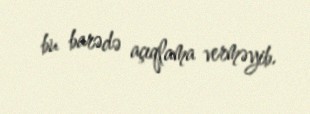
bu barədə açıqlama verməyib.